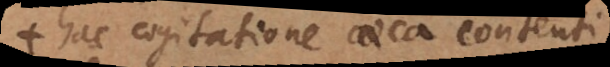
hac cogitatione caeca contenti